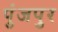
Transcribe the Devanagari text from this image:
पुंजपुर